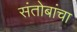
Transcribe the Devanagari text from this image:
संतोबांचा